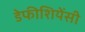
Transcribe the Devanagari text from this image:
डेफीशियेंसी